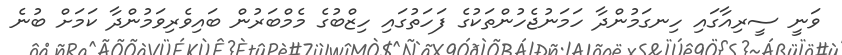
ވަނީ ސީރިއާގައި ހިނގަމުންދާ ހަމަނުޖެހުންތަކުގެ ފަހަތުގައި ހިޒްބުގެ މެމްބަރުން ބައިވެރިވަމުންދާ ކަމަށް ބުނެ